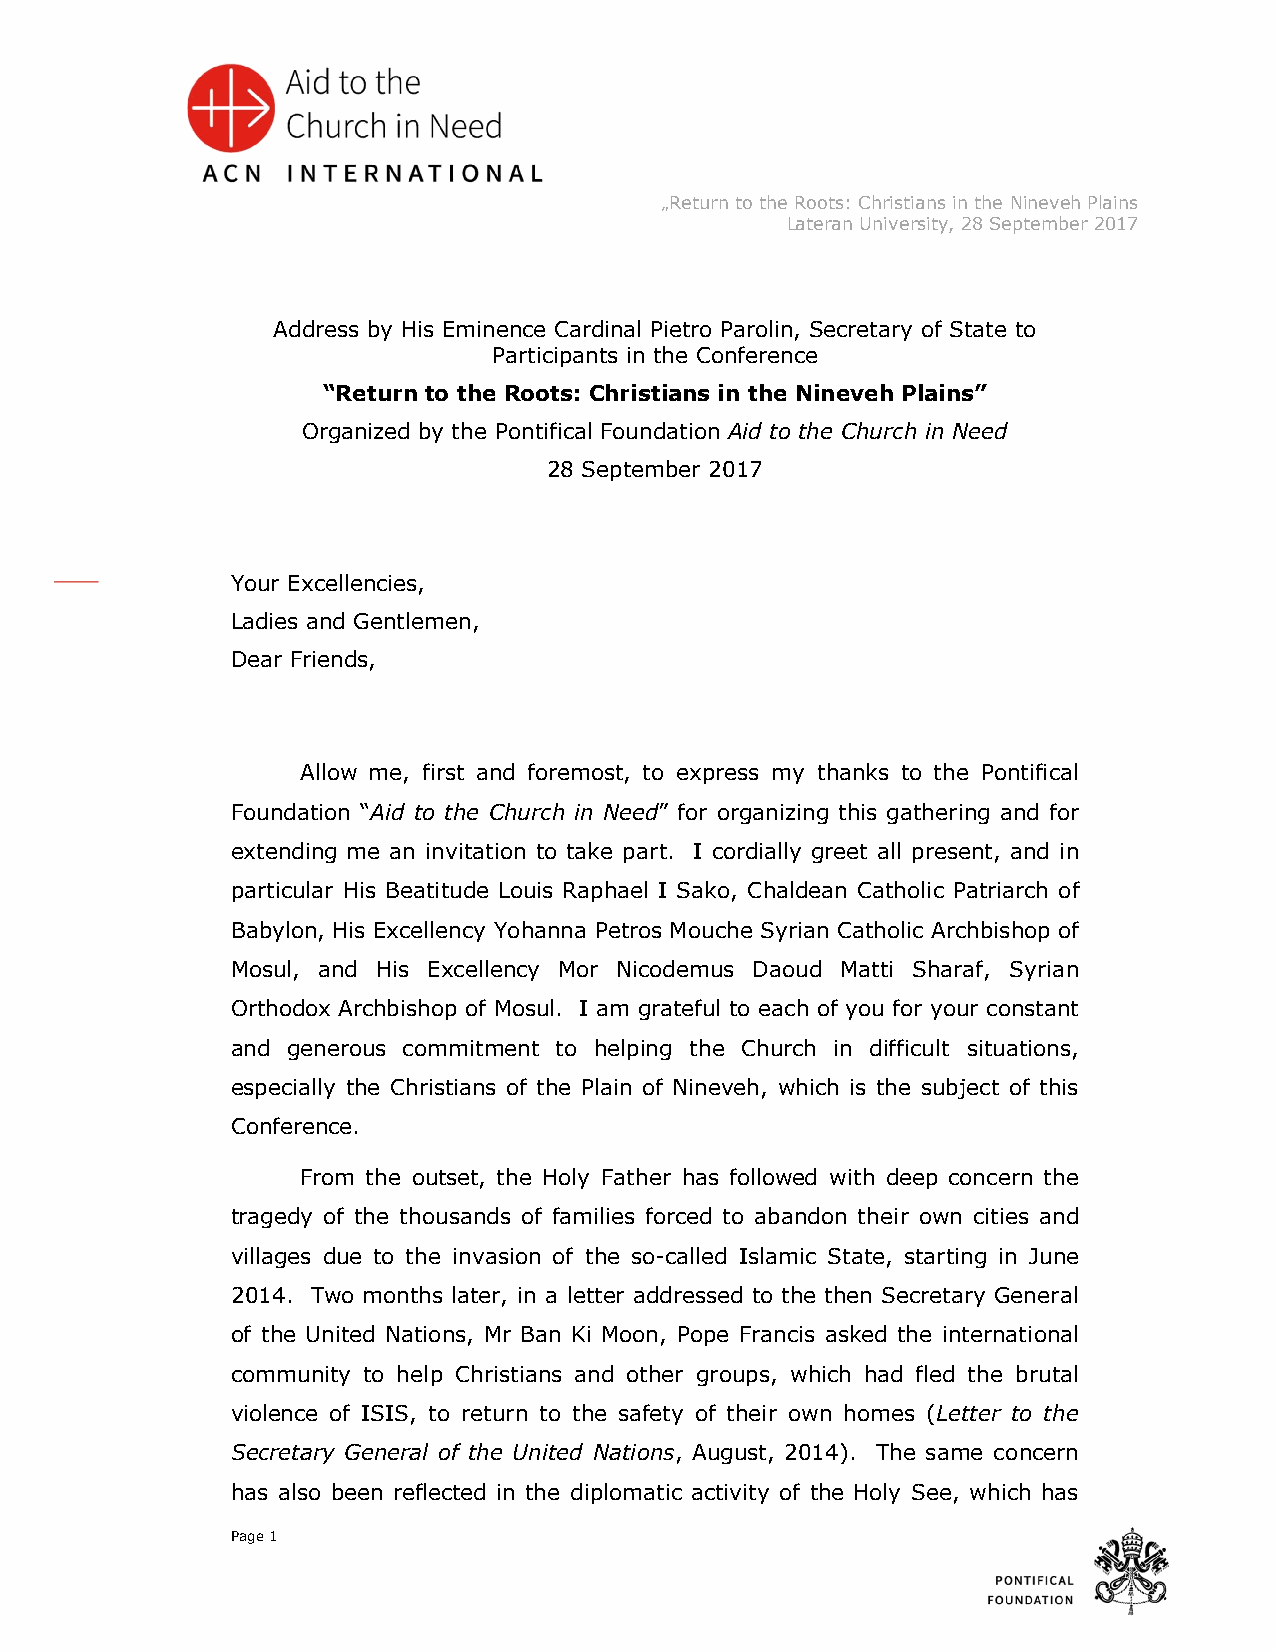
„Return to the Roots: Christians in the Nineveh Plains
 Lateran University, 28 September 2017
 Address by His Eminence Cardinal Pietro Parolin, Secretary of State to
 Participants in the Conference
 “Return to the Roots: Christians in the Nineveh Plains”
 Organized by the Pontifical Foundation Aid to the Church in Need
 28 September 2017
 Your Excellencies,
 Ladies and Gentlemen,
 Dear Friends,
 Allow me, first and foremost, to express my thanks to the Pontifical
 Foundation “Aid to the Church in Need” for organizing this gathering and for
 extending me an invitation to take part. I cordially greet all present, and in
 particular His Beatitude Louis Raphael I Sako, Chaldean Catholic Patriarch of
 Babylon, His Excellency Yohanna Petros Mouche Syrian Catholic Archbishop of
 Mosul, and His Excellency Mor Nicodemus Daoud Matti Sharaf, Syrian
 Orthodox Archbishop of Mosul. I am grateful to each of you for your constant
 and generous commitment to helping the Church in difficult situations,
 especially the Christians of the Plain of Nineveh, which is the subject of this
 Conference.
 From the outset, the Holy Father has followed with deep concern the
 tragedy of the thousands of families forced to abandon their own cities and
 villages due to the invasion of the so-called Islamic State, starting in June
 2014. Two months later, in a letter addressed to the then Secretary General
 of the United Nations, Mr Ban Ki Moon, Pope Francis asked the international
 community to help Christians and other groups, which had fled the brutal
 violence of ISIS, to return to the safety of their own homes (Letter to the
 Secretary General of the United Nations, August, 2014). The same concern
 has also been reflected in the diplomatic activity of the Holy See, which has
 Page 1